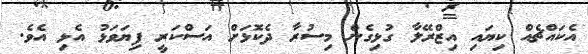
އެކައްޗެއް ކިޔައި އިޒްރޭލާ ގުޅިގެން މިސުރާ ދެކޮޅަށް އަސްކަރީ ފިޔަވަޅު އެޅި އެވެ.